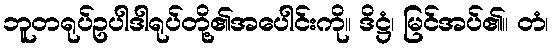
ဘူတရုပ်ဥပါဒါရုပ်တို့၏အပေါင်းကို။ ဒိဋ္ဌံ၊ မြင်အပ်၏။ တံ၊